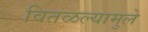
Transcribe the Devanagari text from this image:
वितळल्यामुले